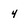
Character: 4